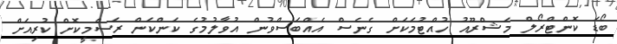
ބޯޑަ ކޮންޓްރޯލް މަޝްރޫއު ހުއްޓުމަކަށް ގެނެސް އެއްބަސްވުން އުވާލުމުގެ ކަންކަން ރަސްމީކޮށް ކުރިއަށް